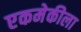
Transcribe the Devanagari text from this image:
एकमेकीला